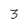
Character: 3